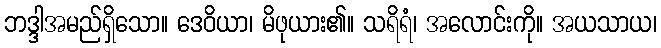
ဘဒ္ဒါအမည်ရှိသော။ ဒေဝိယာ၊ မိဖုယား၏။ သရိရံ၊ အလောင်းကို။ အယသာယ၊